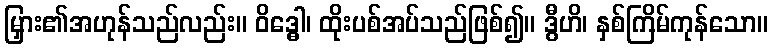
မြှား၏အဟုန်သည်လည်း။ ဝိဒ္ဓေါ၊ ထိုးပစ်အပ်သည်ဖြစ်၍။ ဒွီဟိ၊ နှစ်ကြိမ်ကုန်သော။